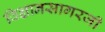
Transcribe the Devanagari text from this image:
विज्ञानसागरजी